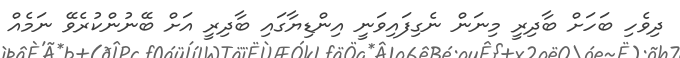
ދިވެހި ބަހަށް ބާދިރީ މިނަން ނެގިފައިވަނީ އިންޑިޔާގައި ބާދިރީ އަށް ބޭނުންކުރެވޭ ނަމެއް